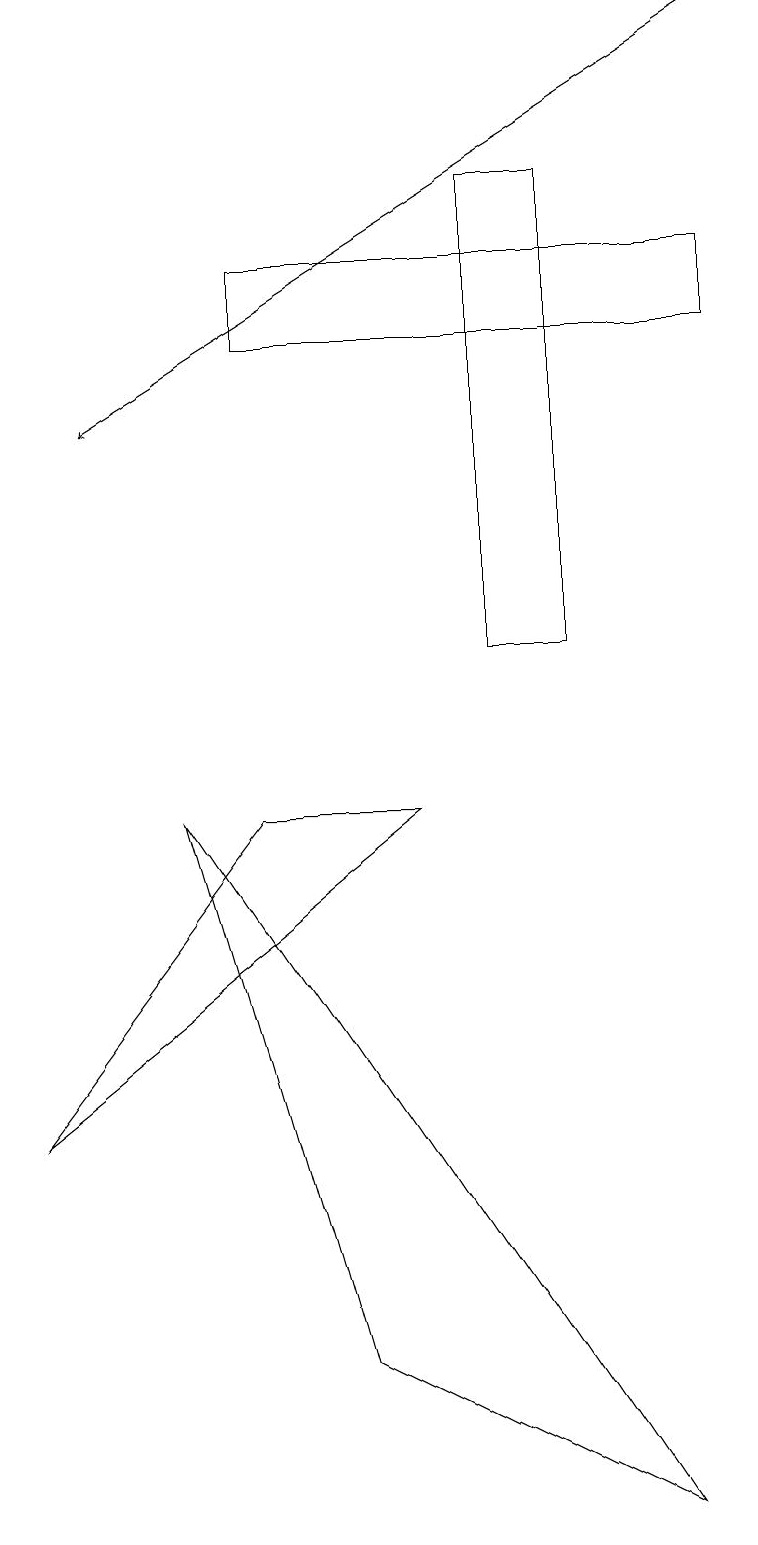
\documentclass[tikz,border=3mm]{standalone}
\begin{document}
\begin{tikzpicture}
\draw (7,11) rectangle (6,17);
\draw (9,16) rectangle (3,15);
\draw (5,9) -- (3,9) -- (0,5) -- cycle;
\draw[->] (9,19) -- (1,14);
\draw (4,2) -- (8,0) -- (2,9) -- cycle;
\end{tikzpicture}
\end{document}